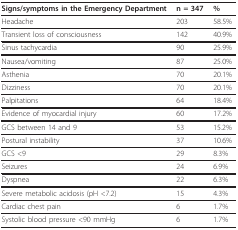
<table><thead><tr><td><b>Signs/symptoms in the Emergency Department</b></td><td><b>n = 347</b></td><td><b>%</b></td></tr></thead><tbody><tr><td>Headache</td><td>203</td><td>58.5%</td></tr><tr><td>Transient loss of consciousness</td><td>142</td><td>40.9%</td></tr><tr><td>Sinus tachycardia</td><td>90</td><td>25.9%</td></tr><tr><td>Nausea/vomiting</td><td>87</td><td>25.0%</td></tr><tr><td>Asthenia</td><td>70</td><td>20.1%</td></tr><tr><td>Dizziness</td><td>70</td><td>20.1%</td></tr><tr><td>Palpitations</td><td>64</td><td>18.4%</td></tr><tr><td>Evidence of myocardial injury</td><td>60</td><td>17.2%</td></tr><tr><td>GCS between 14 and 9</td><td>53</td><td>15.2%</td></tr><tr><td>Postural instability</td><td>37</td><td>10.6%</td></tr><tr><td>GCS &lt;9</td><td>29</td><td>8.3%</td></tr><tr><td>Seizures</td><td>24</td><td>6.9%</td></tr><tr><td>Dyspnea</td><td>22</td><td>6.3%</td></tr><tr><td>Severe metabolic acidosis (pH &lt;7.2)</td><td>15</td><td>4.3%</td></tr><tr><td>Cardiac chest pain</td><td>6</td><td>1.7%</td></tr><tr><td>Systolic blood pressure &lt;90 mmHg</td><td>6</td><td>1.7%</td></tr></tbody></table>